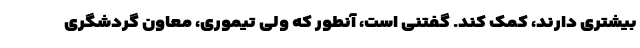
بیشتری دارند، کمک کند. گفتنی است، آنطور که ولی تیموری، معاون گردشگری